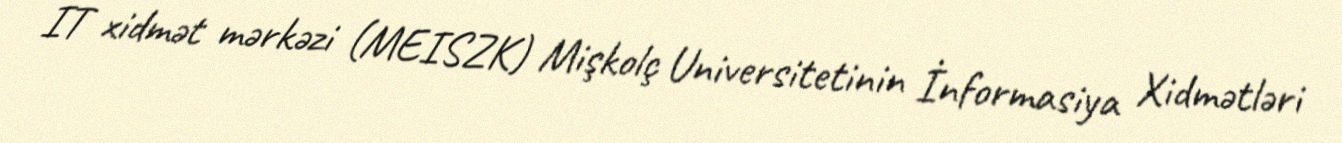
IT xidmət mərkəzi (MEISZK) Mişkolç Universitetinin İnformasiya Xidmətləri